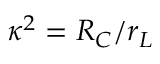
\kappa ^ { 2 } = R _ { C } / r _ { L }